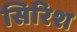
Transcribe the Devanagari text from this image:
सिरिश